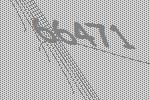
66471